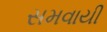
સમવાયી